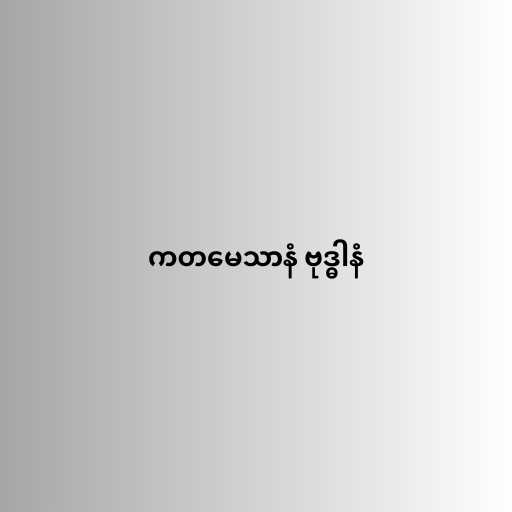
ကတမေသာနံ ဗုဒ္ဓါနံ